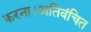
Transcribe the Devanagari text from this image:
करना।अतिवंचित